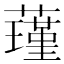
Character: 𮶸